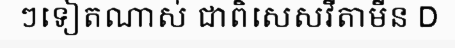
ៗទៀតណាស់ ជាពិសេសវីតាមីន D